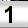
Digit: 1